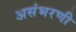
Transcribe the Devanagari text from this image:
असंभरणी